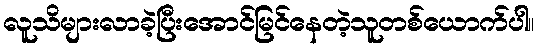
လူသိများလာခဲ့ပြီးအောင်မြင်နေတဲ့သူတစ်ယောက်ပါ။